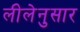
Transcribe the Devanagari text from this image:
लीलेनुसार